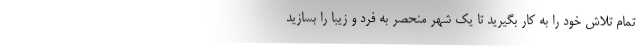
تمام تلاش خود را به کار بگیرید تا یک شهر منحصر به فرد و زیبا را بسازید